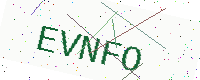
Text: EVNFO